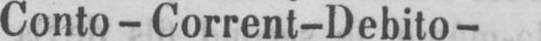
Conto-Corrent-Debito-